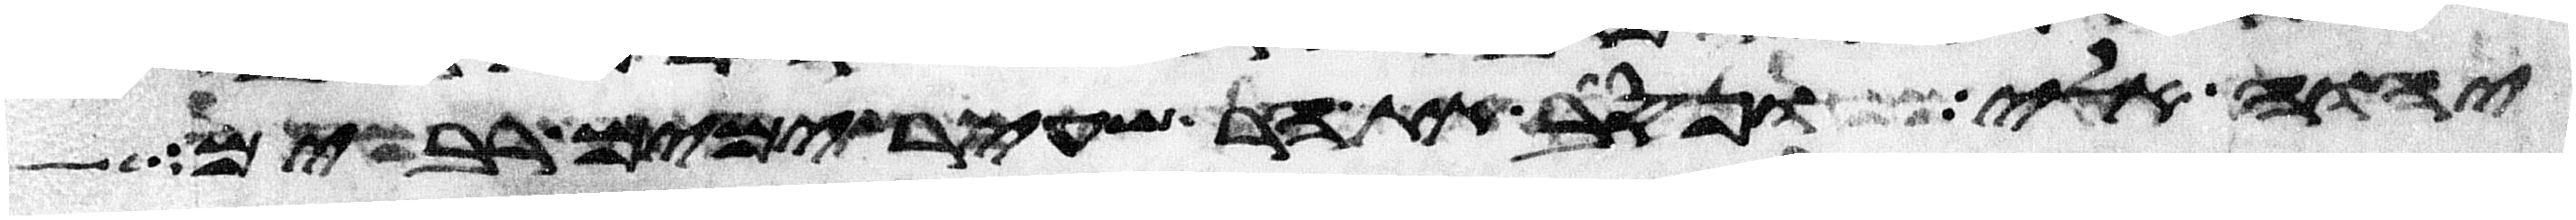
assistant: יהוה אלי ונסב את הר שעיר ימים רבים